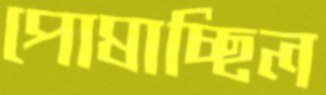
পোষাচ্ছিল